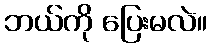
ဘယ်ကို ပြေးမလဲ။